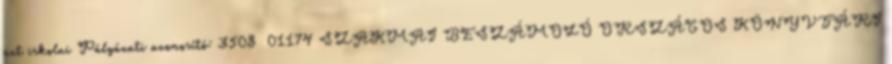
azt iskolai Pályázati azonosító: 3508 01174 SZAKMAI BESZÁMOLÓ ORSZÁGOS KÖNYVTÁRI